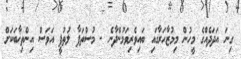
ގިނަ އަދަދެއްގެ މީހުން މިމުޒާހަރާގައި ބައިވެރިވަމުންދާނެ - މުސްތަފާ ލުތުފީ އަވަސް އިންތިޚާބަކަށް